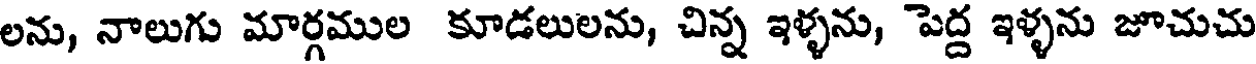
లను, నాలుగు మార్గముల కూడలులను, చిన్న ఇళ్ళను, పెద్ద ఇళ్ళను జూచుచు